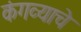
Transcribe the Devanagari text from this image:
कंगव्याचे